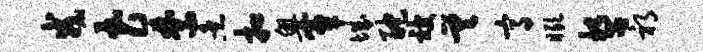
戎花禁煮扣奥簟城酡被差高瞰誓祁